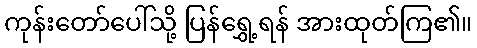
ကုန်းတော်ပေါ်သို့ ပြန်ရွှေ့ရန် အားထုတ်ကြ၏။